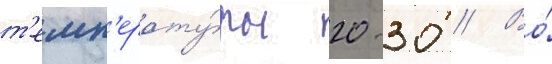
т'емп'ерату́ры 20-30 // Во́